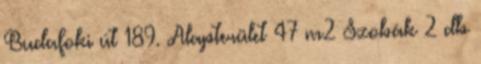
Budafoki út 189. Alapterület 47 m2 Szobák 2 db